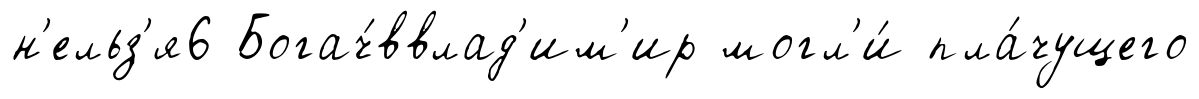
н'ельз'я6 Богач́ввлад'им'ир могл'и́ пла́чущего